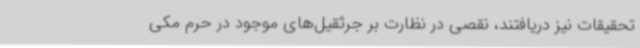
تحقیقات نیز دریافتند، نقصی در نظارت بر جرثقیل‌های موجود در حرم مکی